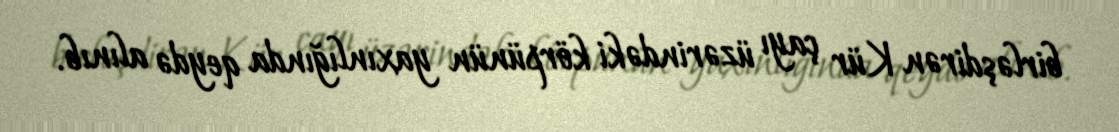
birləşdirən Kür çayı üzərindəki körpünün yaxınlığında qeydə alınıb.